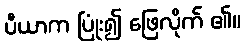
ပီယာက ပြုံး၍ ဖြေလိုက် ၏။